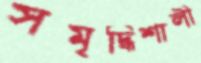
সমৃদ্ধিশালী